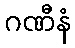
ဂဏီနံ